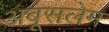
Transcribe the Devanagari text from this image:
अबूसलेम